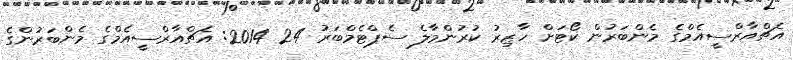
އެޗްއާރްސީއެމްގެ މެންބަރުން ކޯޓަށް ހާޒިރު ކުރުންމާލެ ސެޕްޓެމްބަރު 24 2014: އެޗްއާރްސީއެމްގެ މެންބަރުންގެ